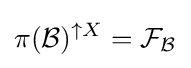
\pi ({\mathcal {B}})^{\uparrow X}={\mathcal {F}}_{\mathcal {B}}